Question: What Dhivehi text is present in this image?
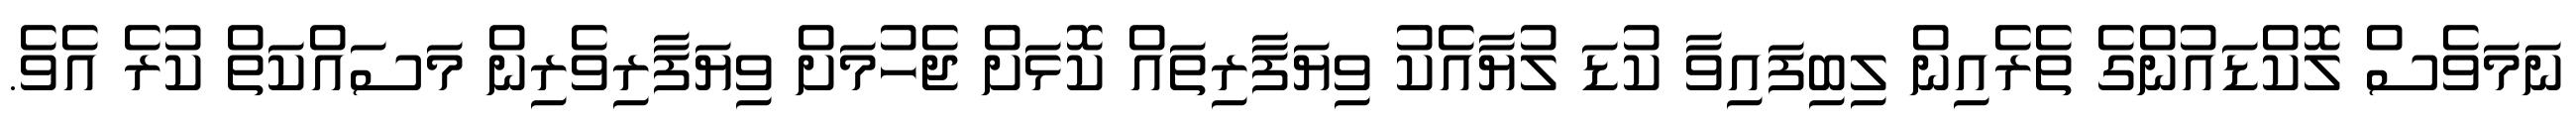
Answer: ނަމަވެސް ލޮކްޑައުންގެ ތެރެއިން ލިބިފައިވާ ކުޑަ ލުޔާއެކު ވިޔަފާރިތައް ކޮޅަށް ޖެހުމަށް ވިޔަފާރިވެރިން މަސައްކަތް ކުރެ އެވެ.